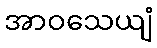
အာဝသေယျံ